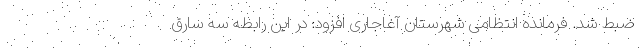
ضبط شد. فرمانده انتظامی شهرستان آغاجاری افزود: در این رابطه سه سارق